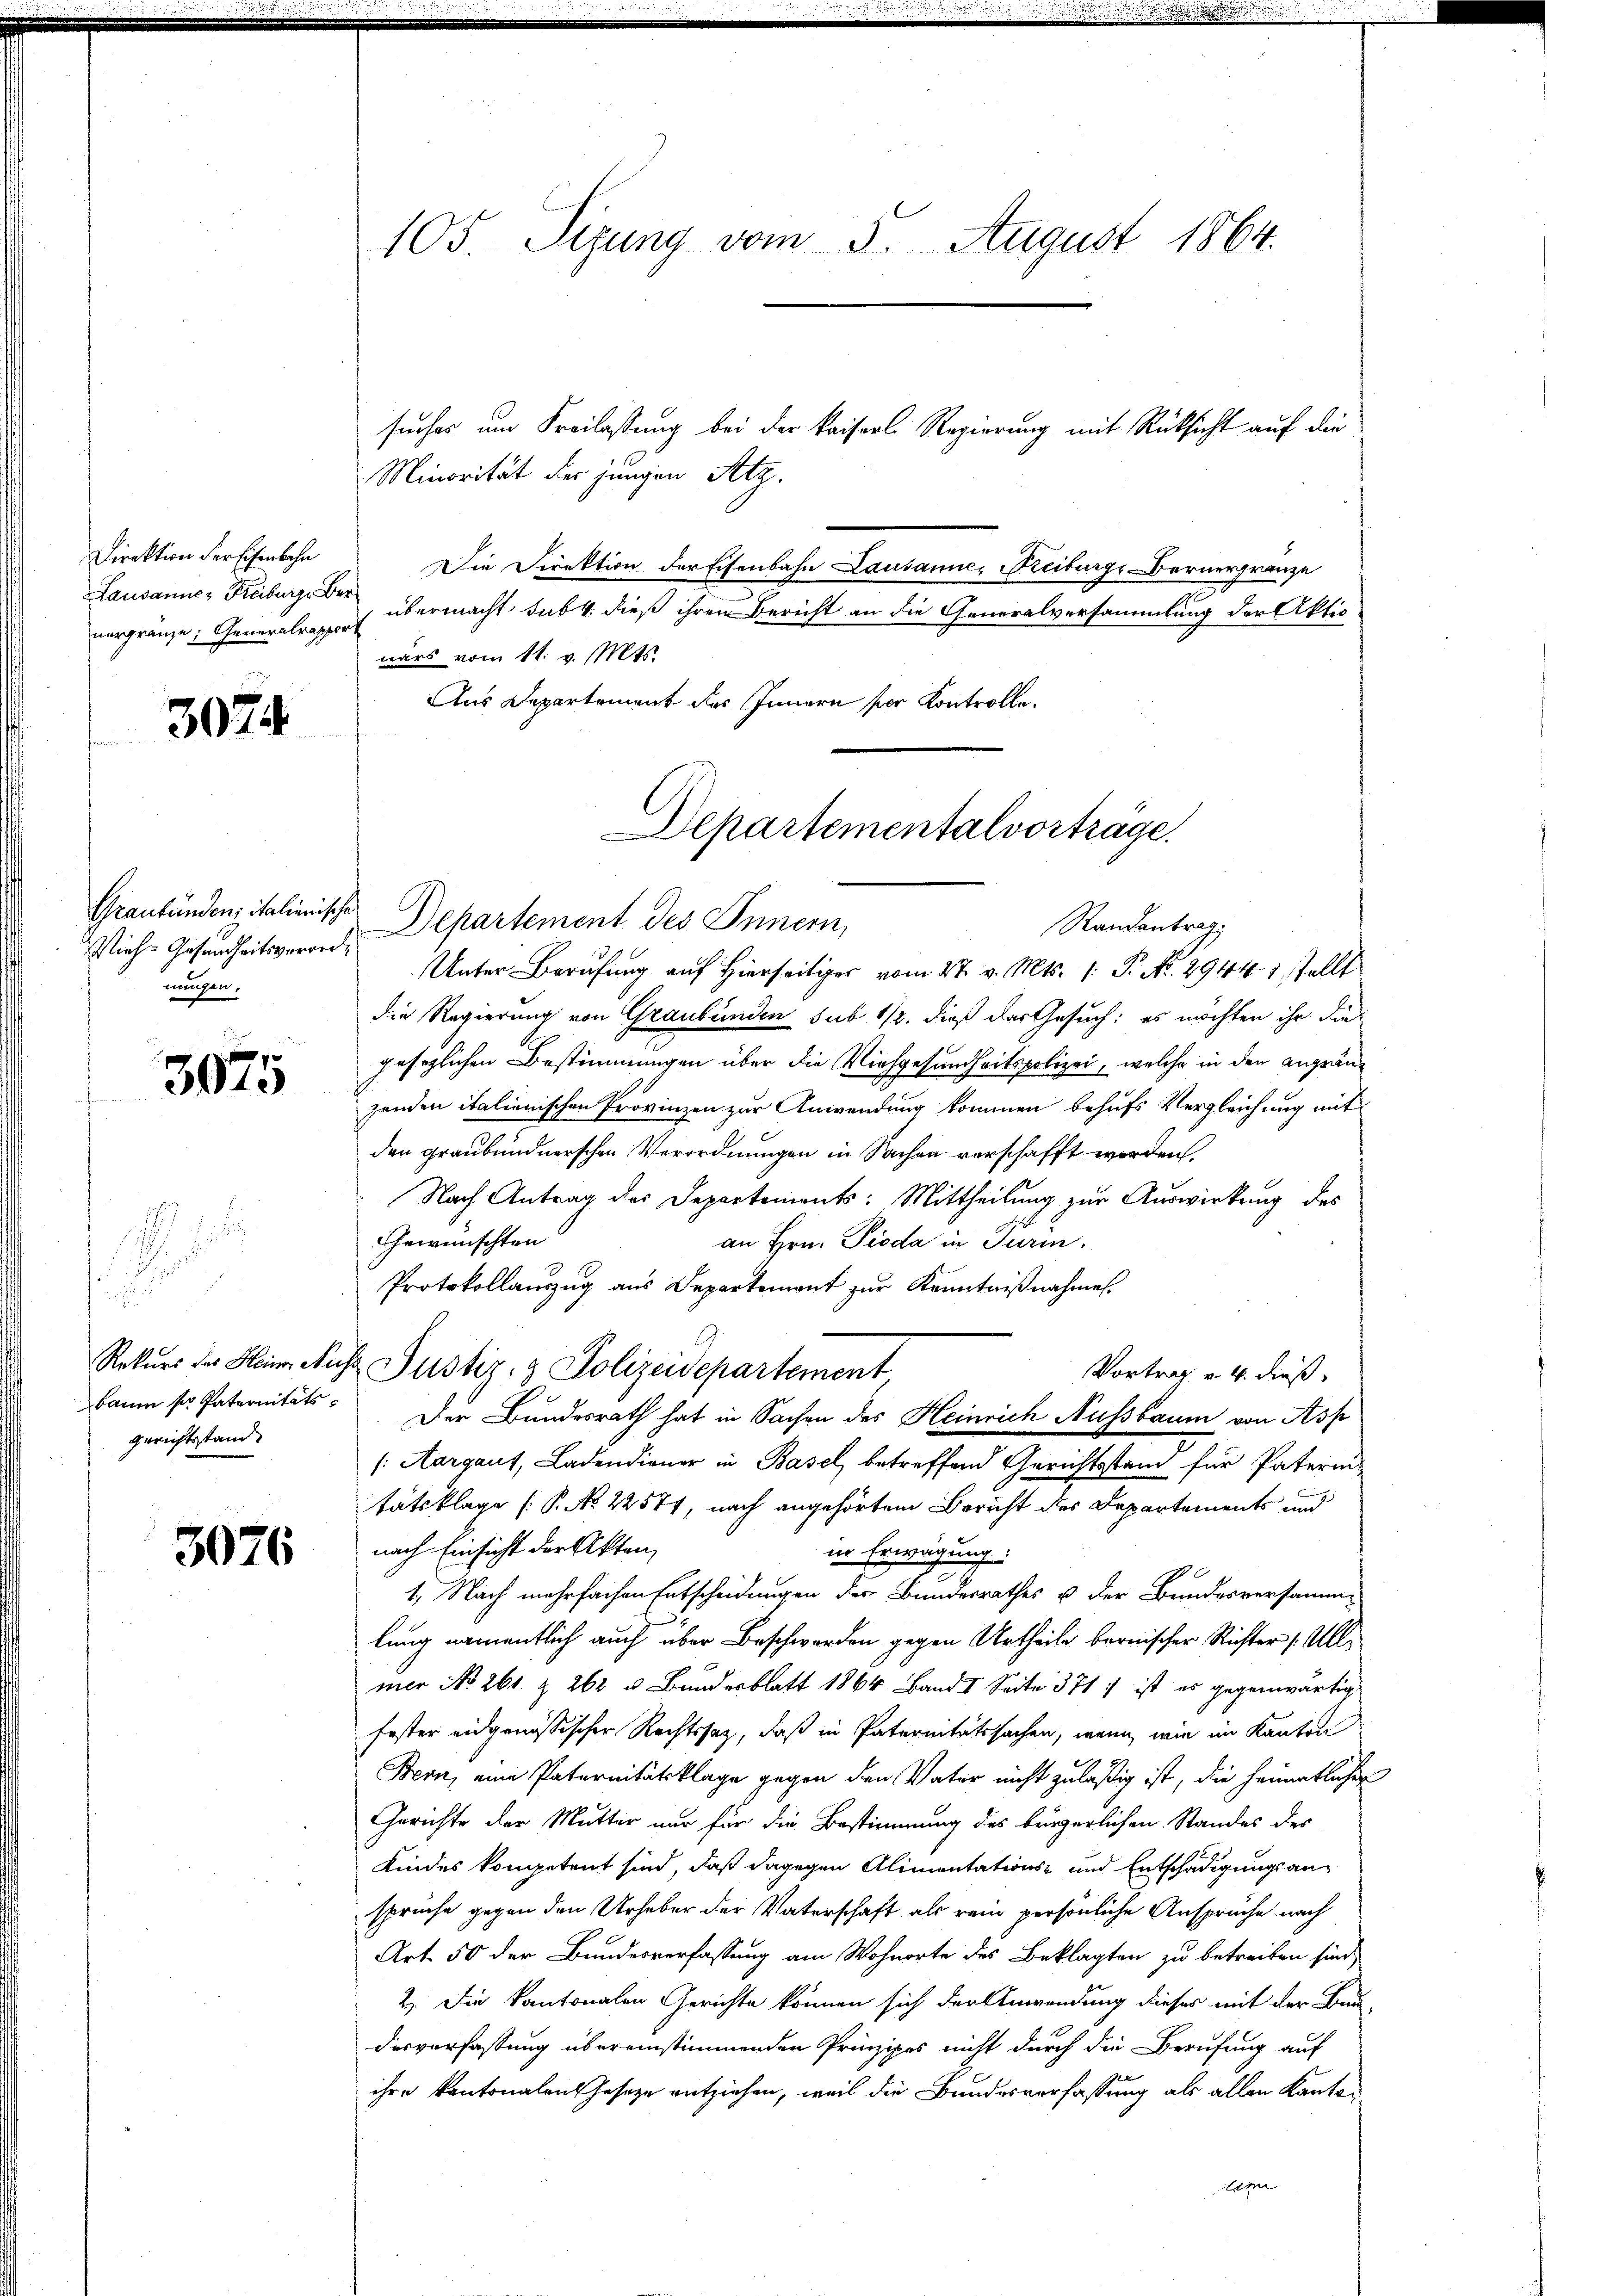
Direktion der Eisenbahn
Lausanne, Freiburge
nergränze; Generalrath

3074

Graubünden italienische
Nieche Gesundheitsverordnungen.

3075

i

baum so Paternitäts¬
Gerichtsstand.

3076

105. Sizung vom 3. August 1864.

suches um Freilassung bei der Kaiserl. Regierung mit Rücksicht auf die
Minorität der jungen Atz
Die Direktion der Eisenbahn Lausanne, Freiburgs Bernerfranze
.
 übermacht, sub 4 dieß ihren Bericht an die Generalversammlung der Aktio
ach
nars vom 11. v. Mts.
Aus Departement des Innern per Kontrolle.
Unter Berufung auf Hierseit vom 27. v. Mts. 1. P. No. 2944 1 stellt
die Regierung von Graubünden sub 1/2. dieß das Gesuch: es möchten ihr die
gesezlichen Bestimmungen über die Viehgesundheitspolizei, welche in den angränzenden italienischen Provinzen zur Anwendung kommen behufs Vergleichung mit
den graubündnerschen Verordnungen in Sachen verschafft worden.
Nach Antrag des Departements: Mittheilung zur Auswirkung des
Gewünschten
an Hrn. Pioda in Turm.
Protokollauszug aus Departement zur Kenntnißnahmen.
Rekurs des Heim Nicht Justiz- & Polizeidepartement
Vortrag v. 4. dieß
Der Bundesrath hat in Sachen des Heinrich Nussbaum von Asp
(Aargaut, Ladendiener in Basel, betreffend Gerichtsstand für Paterintätsklage (P. No 22571, nach angehörtem Bericht der Departements und
nach Einsicht der Akten,
in Erwägung:
1. Nach mehrfachen Entscheidungen der Bundesrathes u der Bundesversamme
lung namentlich auch über Beschwerden gegen Urtheile bernischer Richter /: Allmer No. 261. Z. 262 u. Bundesblatt 1864 Band I. Seite 371 ; ist es gegenwärtig
fester eidgenössischer Rechtssatz, daß in Paternitätssachen, wenn wie im Kanton
Bern, eine Paternitätsklage gegen den Vater nicht zuläßig ist, die heimatlichen
Gerichte der Mutter nur für die Bestimmung des bürgerlichen Standes der
Kindes kompetent sind, daß dagegen Alimentations- und Entschädigungs anspruche gegen den Urheber der Vaterschaft als rein persönliche Ansprüche nach
Art. 50 der Bundesverfassung am Wohnorte des Beklagten zu betreiben sind,
2.) Die Kantonalen Gerichte können sich der Anwendung dieses mit der Bau
desverfassung übereinstimmenden Prinzipes nicht durch die Berufung auf
ihre Kantonalentheseze entziehen, weil die Bundesverfassung als allen Kanton
eg

Departementalvorträge.
Departement des Innern,
Randantrag